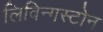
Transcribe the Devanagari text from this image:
लिविन्गस्टोन